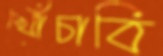
খোঁচাবি